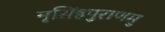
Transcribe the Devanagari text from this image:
नृसिंहपुराणमु